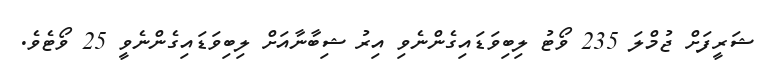
ޝަރީފަށް ޖުމްލަ 235 ވޯޓު ލިބިވަޑައިގެންނެވި އިރު ޝިބާނާއަށް ލިބިވަޑައިގެންނެވީ 25 ވޯޓެވެ.